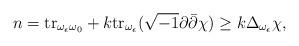
LaTeX: \begin{align*}n={\rm tr}_{\omega_{\epsilon} \omega_0}+k {\rm tr}_{\omega_{\epsilon}}(\sqrt{-1}\partial \bar{\partial}\chi) \geq k \Delta_{\omega_{\epsilon}} \chi,\end{align*}